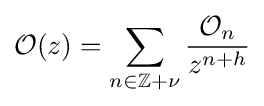
{\mathcal {O}}(z)=\sum _{n\in \mathbb {Z} +\nu }{\frac {{\mathcal {O}}_{n}}{z^{n+h}}}